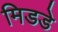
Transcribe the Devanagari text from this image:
मिडडे